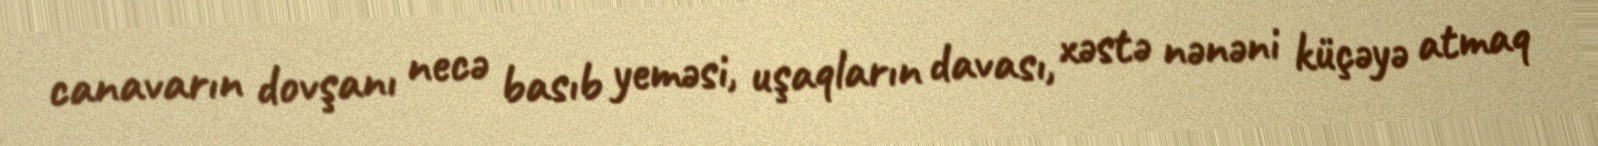
canavarın dovşanı necə basıb yeməsi, uşaqların davası, xəstə nənəni küçəyə atmaq